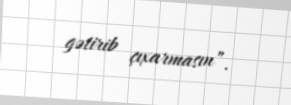
gətirib çıxarmasın”.